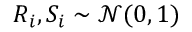
R _ { i } , S _ { i } \sim \mathcal { N } ( 0 , 1 )